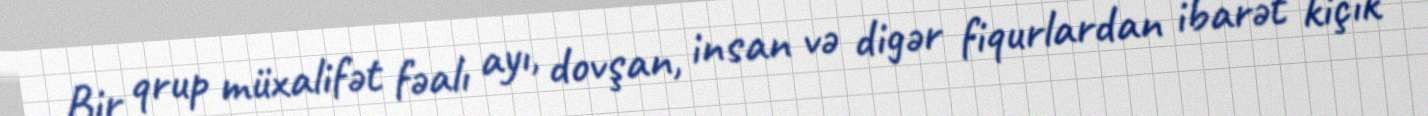
Bir qrup müxalifət fəalı ayı, dovşan, insan və digər fiqurlardan ibarət kiçik